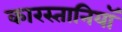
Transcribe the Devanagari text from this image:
कारस्तानियॉ